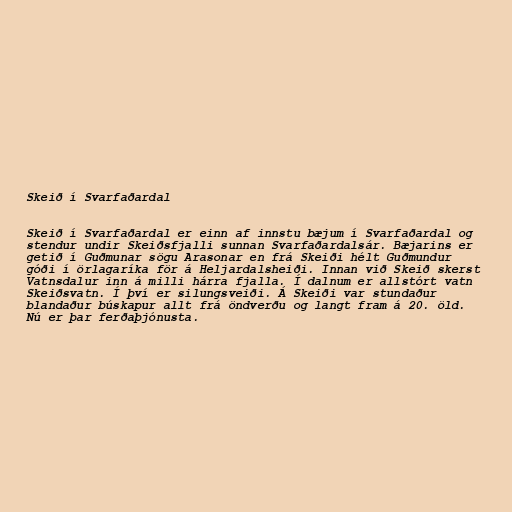
Skeið í Svarfaðardal

Skeið í Svarfaðardal er einn af innstu bæjum í Svarfaðardal og
stendur undir Skeiðsfjalli sunnan Svarfaðardalsár. Bæjarins er
getið í Guðmunar sögu Arasonar en frá Skeiði hélt Guðmundur
góði í örlagaríka för á Heljardalsheiði. Innan við Skeið skerst
Vatnsdalur inn á milli hárra fjalla. Í dalnum er allstórt vatn
Skeiðsvatn. Í því er silungsveiði. Á Skeiði var stundaður
blandaður búskapur allt frá öndverðu og langt fram á 20. öld.
Nú er þar ferðaþjónusta.